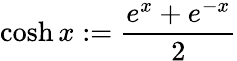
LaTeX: \cosh x:={\frac{e^{x}+e^{-x}}{2}}